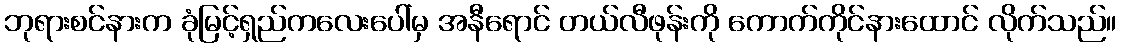
ဘုရားစင်နားက ခုံမြင့်ရှည်ကလေးပေါ်မှ အနီရောင် တယ်လီဖုန်းကို ကောက်ကိုင်နားထောင် လိုက်သည်။